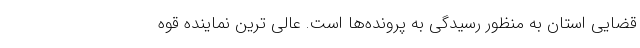
قضایی استان به منظور رسیدگی به پرونده‌ها است. عالی ترین نماینده قوه